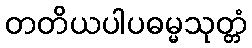
တတိယပါပဓမ္မသုတ္တံ